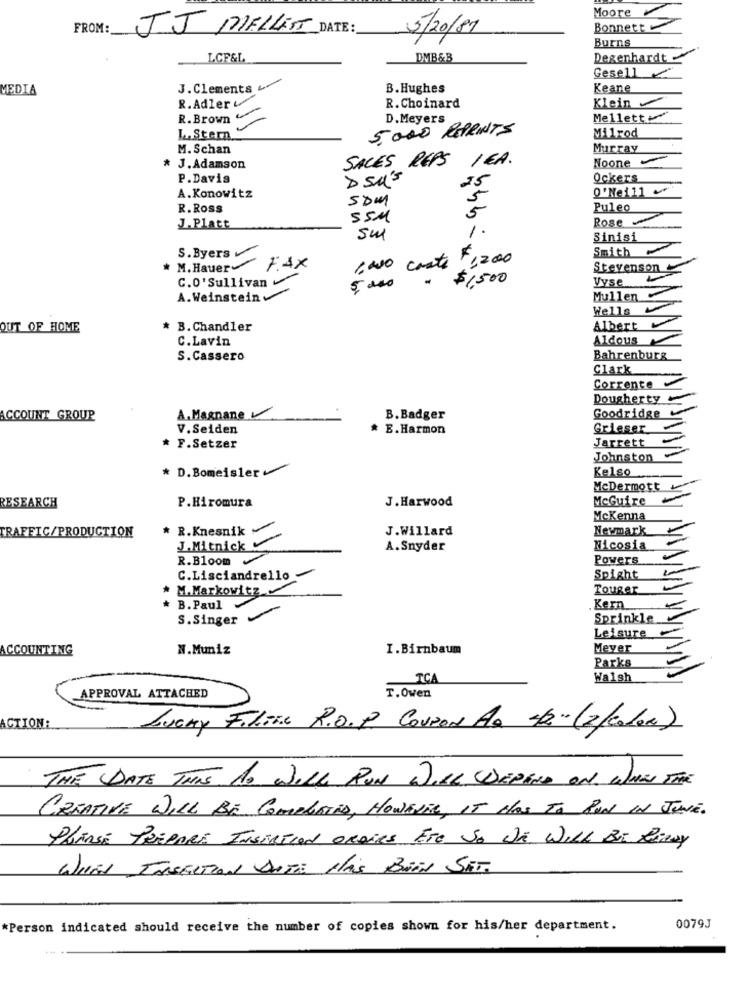
Moore
FROM:
JJ MELLETT DATE:
5/20/81
Bonnett
Burns
LCF&L
DMB&B
Degenhardt
Gesell ₾
MEDIA
J.Clements
B.Hughes
Keane
R. Adler
Klein
R. Choinard
R.Brown
D. Meyers
Mellett
5.000 REPRINTS
L. Stern
Milrod
M. Schan
Murray
SALES REPS IGA.
Noone
* J. Adamson
P. Davis
D SU'S
15
Ockers
0'Nei11
A. Konowitz
SAM
5
R. Ross
5
Puleo
SSM
Rose
J.Platt
1.
Sinisi
S.Byers
Smith
* M. Hauer FAX
INO coste 1200
Stevenson
C.O'Sullivan
$1,500
Vyse.
5 000
A. Weinstein
Mullen
Wells
OUT OF HOME
* B.Chandler
Albert
C.Lavin
Aldous
S.Cassero
Bahrenburg
Clark
Corrente
Dougherty
ACCOUNT GROUP
A. Magnane
B. Badger
Goodridge
V.Seiden
* E.Harmon
Grieser
Jarrett
* F.Setzer
Johnston
* D. Bomeisler
Kelso
McDermott
P.Hiromura
J. Harwood
McGuire
RESEARCH
McKenna
* R.Knesnik
J.Willard
Newmark
TRAFFIC/PRODUCTION
J. Mitnick
A. Snyder
Nicosia
R.Bloom
Powers
C. Lisciandrello
Spight
M. Markowitz
Touger
* B. Paul
Kern
S.Singer
Sprinkle
Leisure
ACCOUNTING
N.Muniz
I.Birnbaum
Meyer
Parks
TCA
Walsh
APPROVAL ATTACHED
T.Owen
ACTION:
LUCKY Filine R.O.P. COUPON AD 4/2" (2/codon)
THE DATE THIS AO WILL RUN WILL DEPEND ON WHEN THE
CREATIVE WILL BE COMPLETED, HOWEVER, IT HAS TO PUN IN JUNE.
PLANSE PREPARE INSERTION ORAIRS ETC SO DE WILL BE RERAY
WHEN INSECTION DATA HAS BEEN SAT.
*Person indicated should receive the number of copies shown for his/her department.
0079J